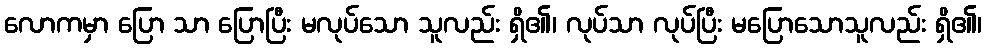
လောကမှာ ပြော သာ ပြောပြီး မလုပ်သော သူလည်း ရှိ၏၊ လုပ်သာ လုပ်ပြီး မပြောသောသူလည်း ရှိ၏၊